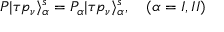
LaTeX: P | \tau p _ { \nu } \rangle _ { \alpha } ^ { s } = P _ { \alpha } | \tau p _ { \nu } \rangle _ { \alpha } ^ { s } , \quad ( \alpha = I , I I )